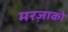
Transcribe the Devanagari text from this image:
मरज़ाको